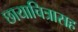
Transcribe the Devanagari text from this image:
छायाचित्रासह